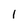
Character: 1